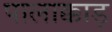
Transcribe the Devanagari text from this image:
पालाक्काड़